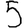
Digit: 5